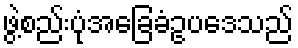
ဖွဲ့စည်းပုံအခြေခံဥပဒေသည်